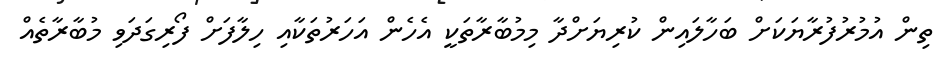
ތިން އުމުރުފުރާޔަކަށް ބަހާލައިން ކުރިޔަށްދާ މިމުބާރާތަކީ އެހެން އަހަރުތަކާއި ހިލާފަށް ފޯރިގަދަވި މުބާރާތެއް